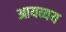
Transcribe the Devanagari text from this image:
आयव्यय